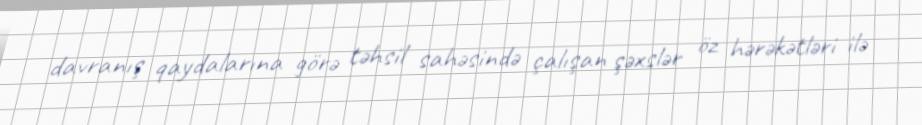
davranış qaydalarına görə təhsil sahəsində çalışan şəxslər öz hərəkətləri ilə